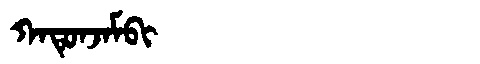
Manchu: ᡴᠠᡨᡠᠨᠵᠠᠮᠪᡳ
Romanization: KATUNJAMBI